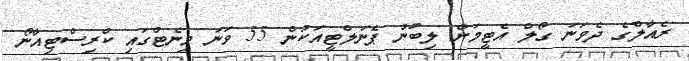
ރެއާލްގެ ދެވަނަ ގޯލް އެޓީމަށް ލިބުނު ޕެނަލްޓީއަކުން 55 ވަނަ މިނެޓްގައި ކްރިސްޓިއާނޯ